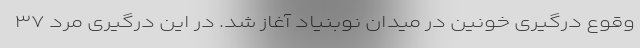
وقوع درگیری خونین در میدان نوبنیاد آغاز شد. در این درگیری مرد ۳۷